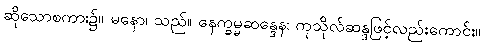
ဆိုသောစကား၌။ မနော၊ သည်။ နေက္ခမ္မဆန္ဒေန၊ ကုသိုလ်ဆန္ဒဖြင့်လည်းကောင်း။